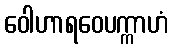
ဝေါဟာရဝေပက္ကာဟံ